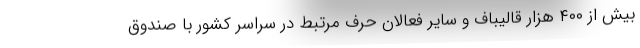
بیش از ۴۰۰ هزار قالیباف و سایر فعالان حرف مرتبط در سراسر کشور با صندوق